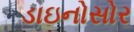
ડાઇનોસોર